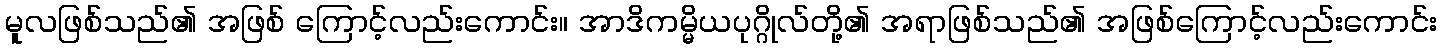
မူလဖြစ်သည်၏ အဖြစ် ကြောင့်လည်းကောင်း။ အာဒိကမ္မိယပုဂ္ဂိုလ်တို့၏ အရာဖြစ်သည်၏ အဖြစ်ကြောင့်လည်းကောင်း